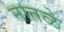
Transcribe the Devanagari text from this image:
नातळे